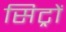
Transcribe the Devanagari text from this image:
सिट्रों